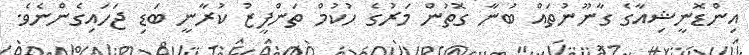
އިންޑޮނީޝިއާގެ ގާނޫނުތައް ބުނާ ގޮތުން މަރުގެ ހުކުމް ތަންފީޒު ކުރާނީ ބަޑި ޖަހައިގެންނެވެ.